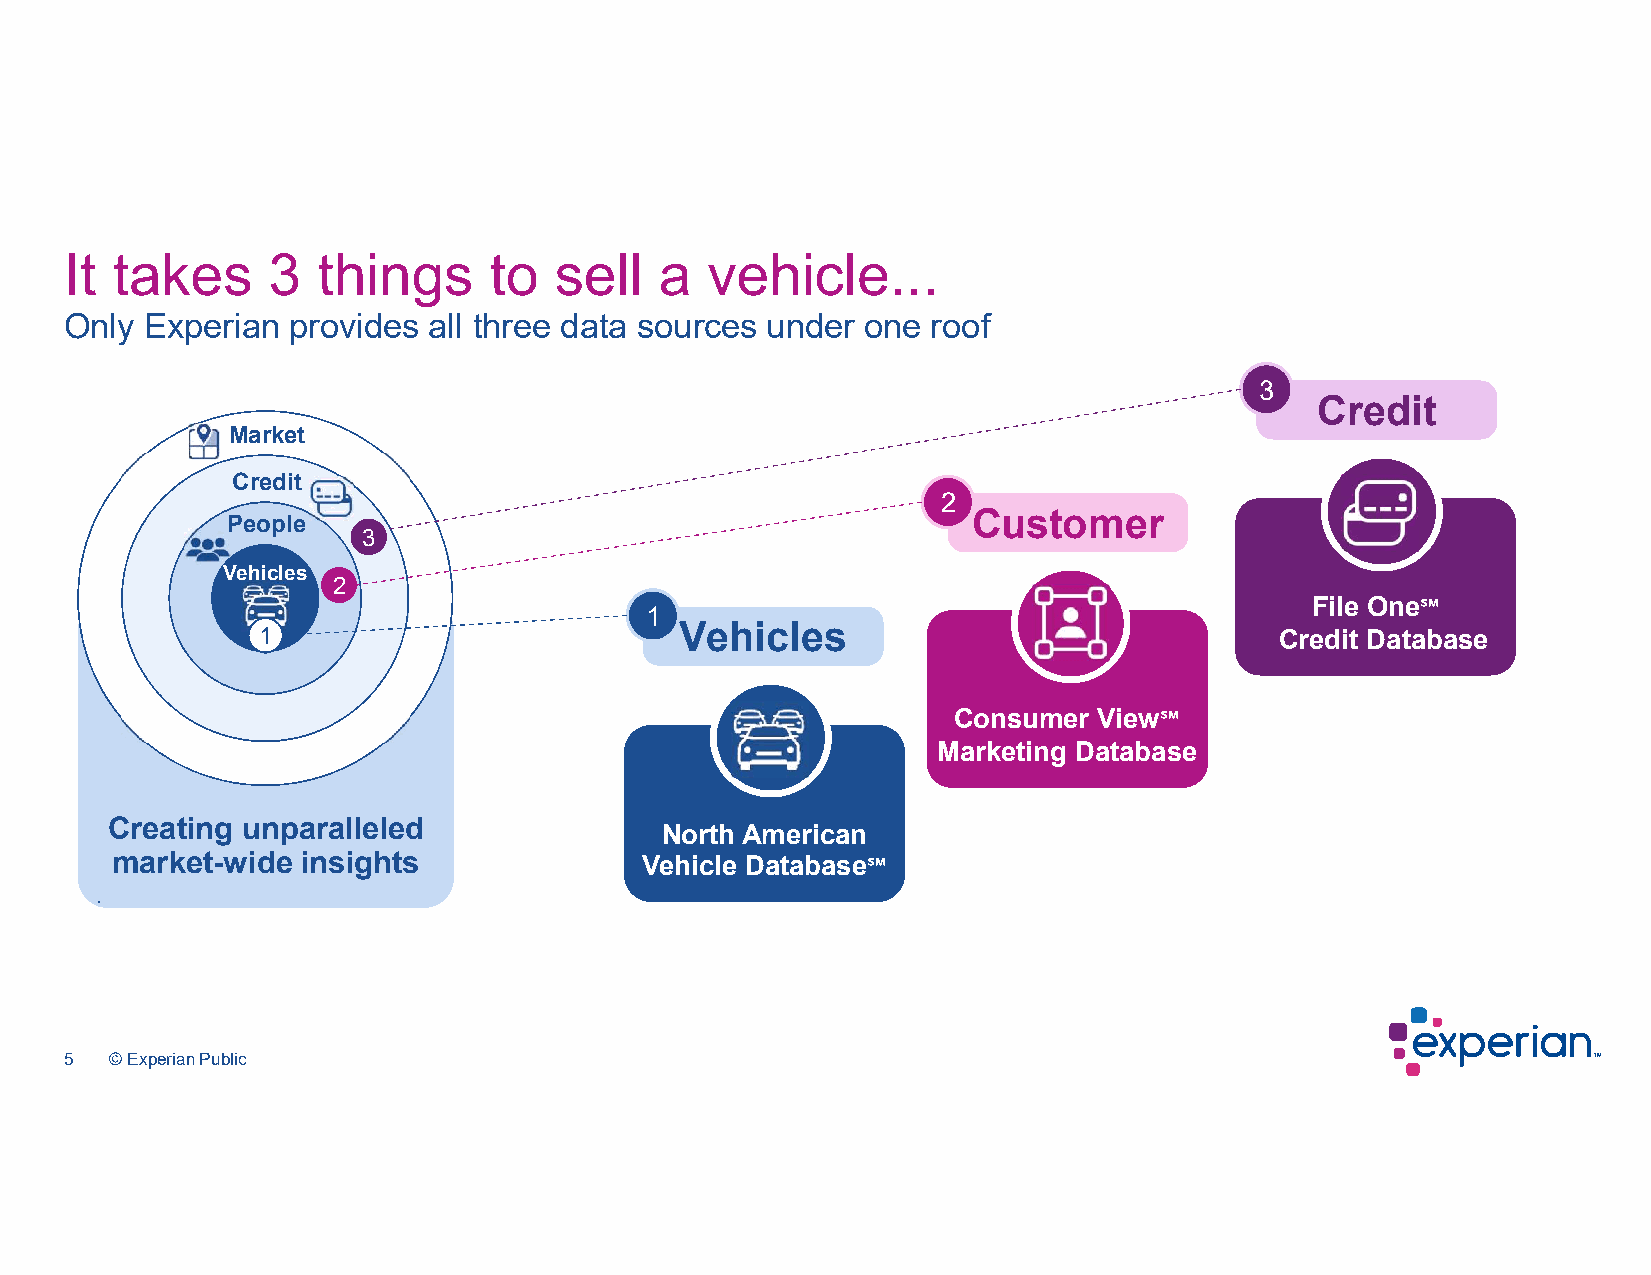
It takes      3  things     to   sell   a  vehicle...
 Only  Experian provides all three data sources under one  roof
 3
 Credit
 Market
 Credit
 2
 Customer
 People
 3
 Vehicles
 2
 File One℠
 1
 Vehicles
 1                                                                   Credit Database
 Consumer  View℠
 Marketing Database
 .
 Creating unparalleled
 North American
 market-wide  insights               Vehicle Database℠
 .
 5  © Experian Public